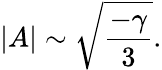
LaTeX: |A|\sim\sqrt{\frac{-\gamma}{3}}.